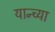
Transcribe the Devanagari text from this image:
यान्च्या